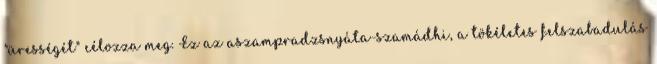
"ürességét" célozza meg. Ez az aszampradzsnyáta-szamádhi, a tökéletes felszabadulás